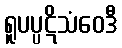
ရူပပ္ပဋိသံဝေဒီ